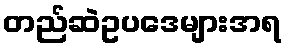
တည်ဆဲဥပဒေများအရ